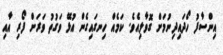
އިންސާފު ހޯދައިދިނުމަށް ގޮވާލިއެވެ. ކަމެއް ހިނގައިގެން އުޅޭ ވަގުތު ވަރަށް ފޯރި އާއި